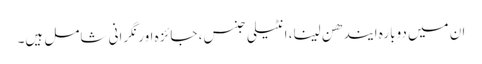
ان میں دوبارہ ایندھن لینا، انٹیلی جنس، جائزہ اور نگرانی شامل ہیں۔